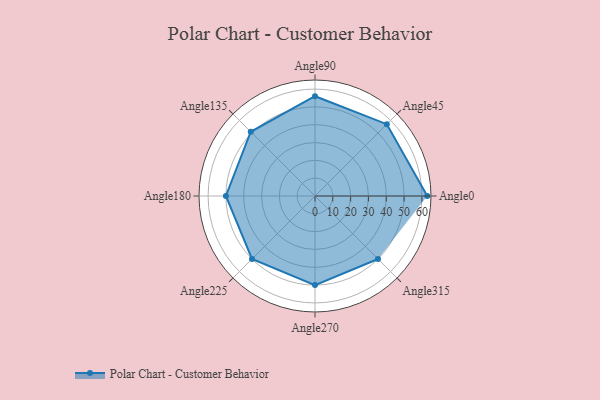
{"axis": {"x": "Angle", "y": "Radius"}, "legend": [""], "data": [{"x": "Angle0", "y": 63.0, "type": ""}, {"x": "Angle45", "y": 57.0, "type": ""}, {"x": "Angle90", "y": 56.0, "type": ""}, {"x": "Angle135", "y": 51.0, "type": ""}, {"x": "Angle180", "y": 50, "type": ""}, {"x": "Angle225", "y": 50, "type": ""}, {"x": "Angle270", "y": 50, "type": ""}, {"x": "Angle315", "y": 50, "type": ""}]}